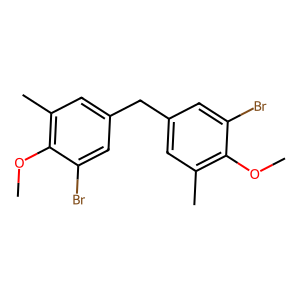
SMILES: COc1c(C)cc(Cc2cc(C)c(OC)c(Br)c2)cc1Br
Inhibits HIV replication: No